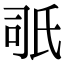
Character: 𣱇